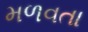
મળવતા